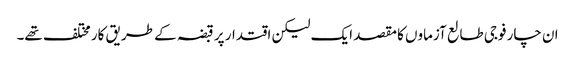
ان چار فوجی طالع آزماوں کا مقصد ایک لیکن اقتدار پر قبضہ کے طریق کار مختلف تھے۔